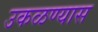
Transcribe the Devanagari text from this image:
उकळण्यास